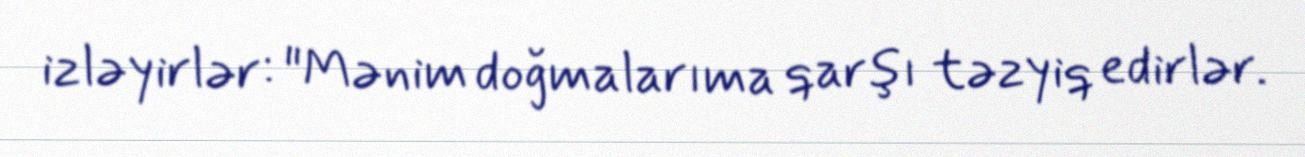
izləyirlər: "Mənim doğmalarıma qarşı təzyiq edirlər.